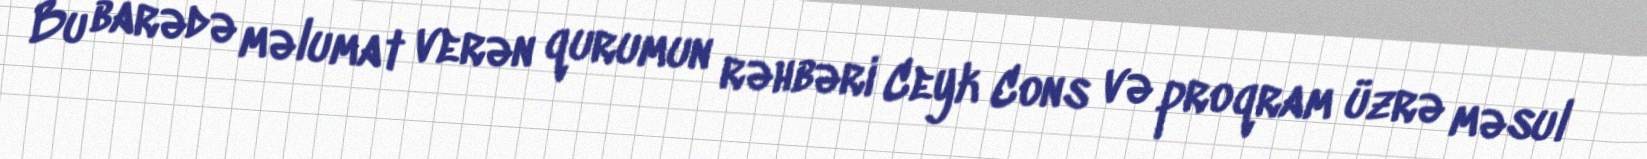
Bu barədə məlumat verən qurumun rəhbəri Ceyk Cons və proqram üzrə məsul